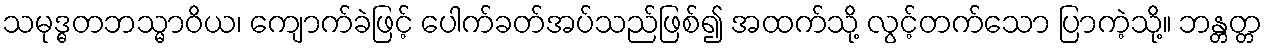
သမုဒ္ဓတဘသ္မာဝိယ၊ ကျောက်ခဲဖြင့် ပေါက်ခတ်အပ်သည်ဖြစ်၍ အထက်သို့ လွင့်တက်သော ပြာကဲ့သို့။ ဘန္တတ္တ